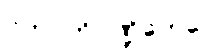
ဂဟပတိပဏ္ဍိတေပေ